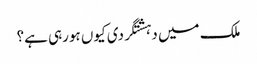
ملک میں دہشتگردی کیوں ہورہی ہے؟